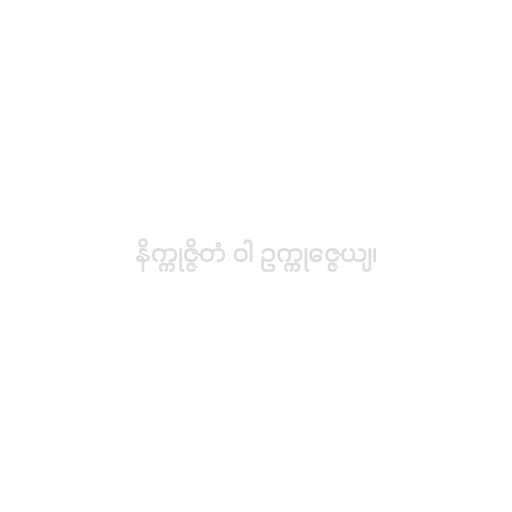
နိက္ကုဇ္ဇိတံ ဝါ ဥက္ကုဇ္ဇေယျ၊